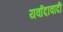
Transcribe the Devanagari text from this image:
यर्वादावादी